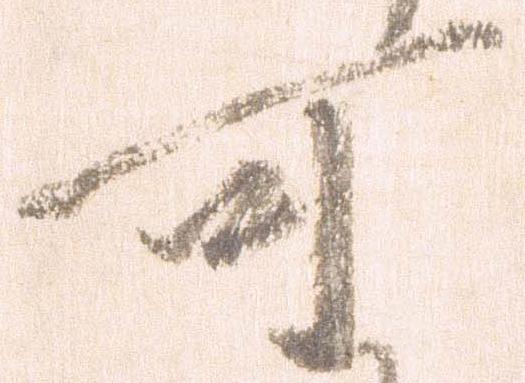
可